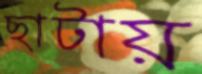
ছাটায়